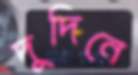
দুদিনে